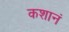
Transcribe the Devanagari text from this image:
कशानं